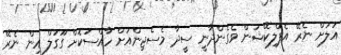
އަލަށް ނެރޭ އެޕްލިކޭޝަން ވެގެންދާނީ ސީދާ މެސެޖިންއަށް ހާއްސަކޮށް ގޫގަލް އިން ނެރޭ